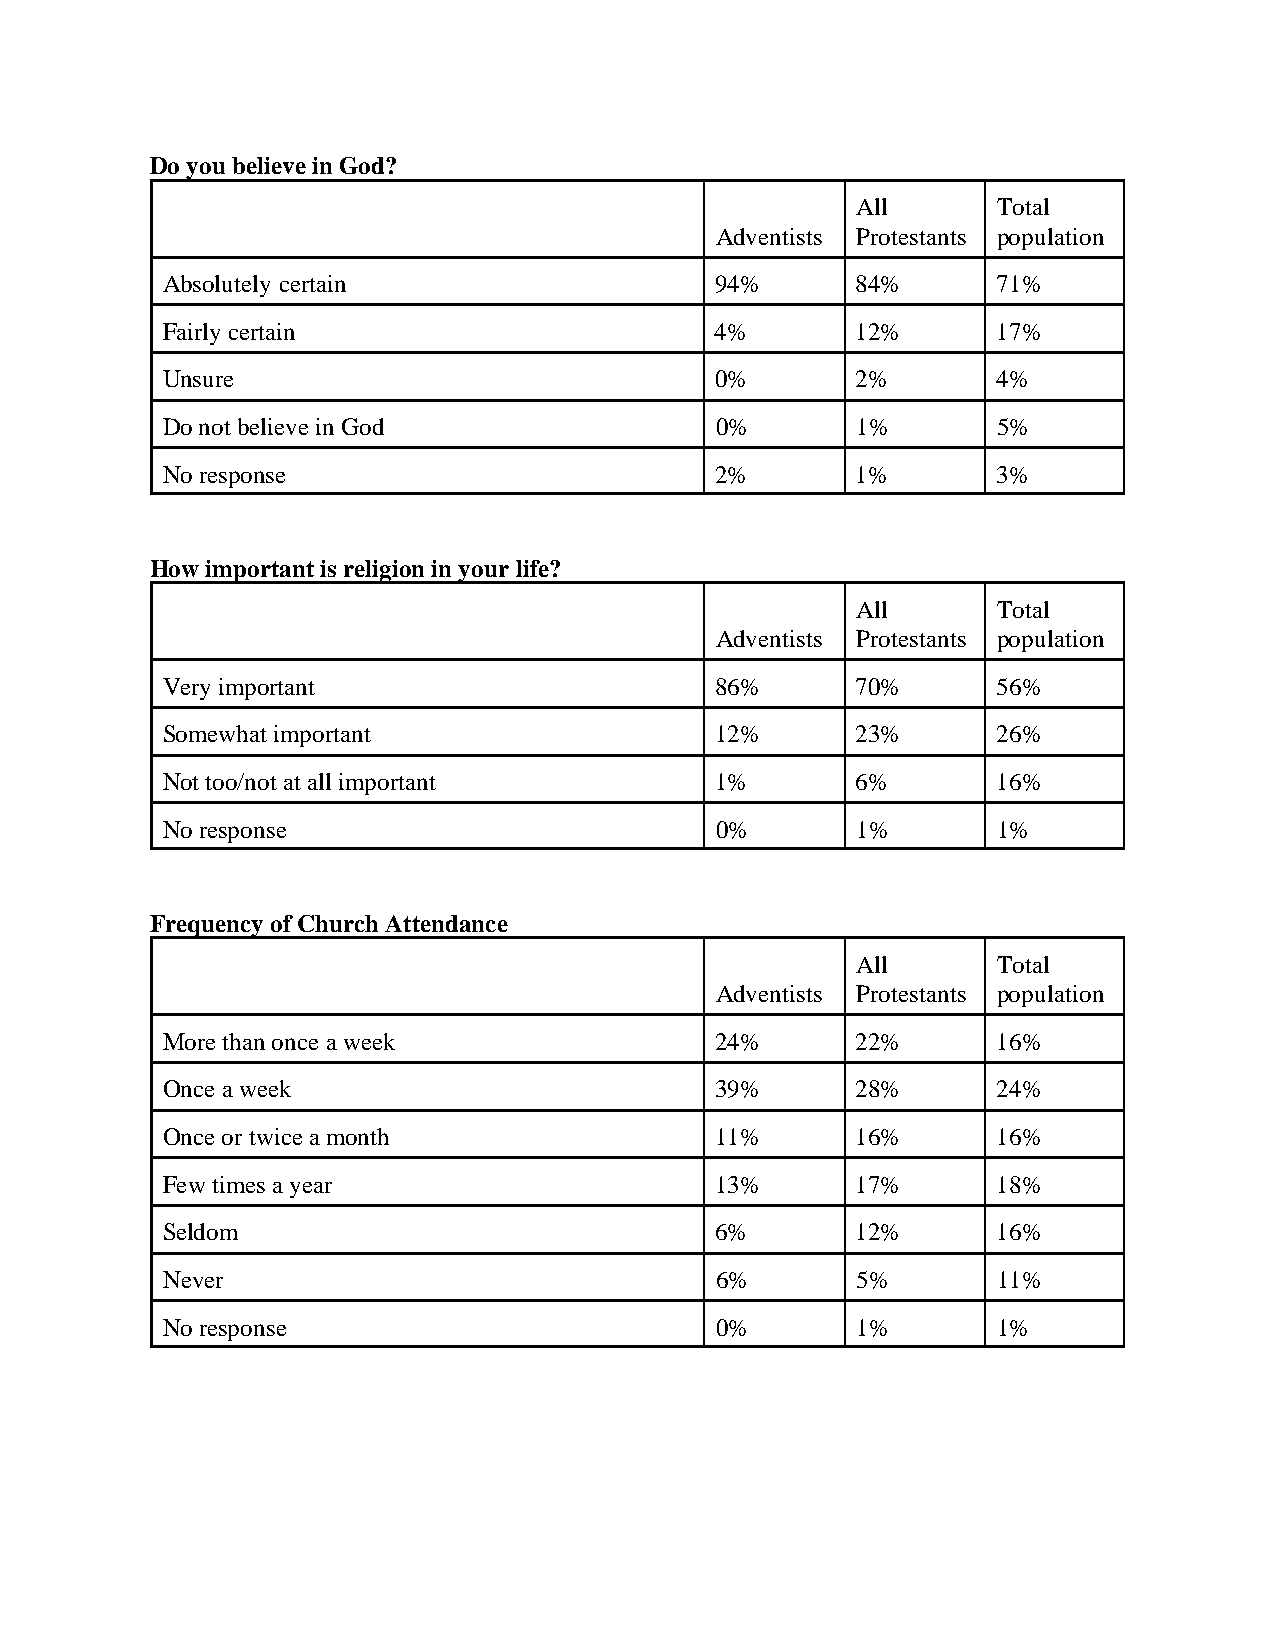
Do you believe in God?
 All      Total
 Adventists Protestants population
 Absolutely certain                  94%       84%      71%
 Fairly certain                      4%        12%      17%
 Unsure                              0%        2%       4%
 Do not believe in God               0%        1%       5%
 No response                         2%        1%       3%
 How important is religion in your life?
 All      Total
 Adventists Protestants population
 Very important                      86%       70%      56%
 Somewhat important                  12%       23%      26%
 Not too/not at all important        1%        6%       16%
 No response                         0%        1%       1%
 Frequency of Church Attendance
 All      Total
 Adventists Protestants population
 More than once a week               24%       22%      16%
 Once a week                         39%       28%      24%
 Once or twice a month               11%       16%      16%
 Few times a year                    13%       17%      18%
 Seldom                              6%        12%      16%
 Never                               6%        5%       11%
 No response                         0%        1%       1%